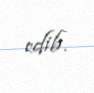
edib.